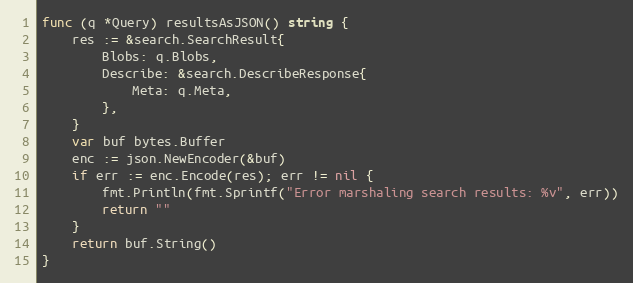
Language: Go
func (q *Query) resultsAsJSON() string {
	res := &search.SearchResult{
		Blobs: q.Blobs,
		Describe: &search.DescribeResponse{
			Meta: q.Meta,
		},
	}
	var buf bytes.Buffer
	enc := json.NewEncoder(&buf)
	if err := enc.Encode(res); err != nil {
		fmt.Println(fmt.Sprintf("Error marshaling search results: %v", err))
		return ""
	}
	return buf.String()
}